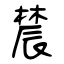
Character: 辳